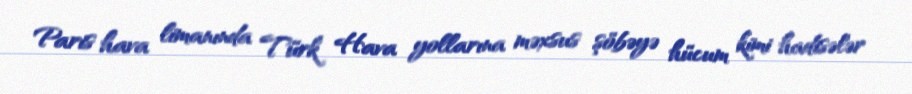
Paris hava limanında Türk Hava yollarına məxsus şöbəyə hücum kimi hadisələr